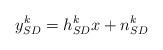
LaTeX: \begin{align*} y_{SD}^k = h_{SD}^k x + n_{SD}^k\end{align*}